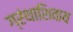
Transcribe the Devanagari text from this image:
ग्रंथाशिवाय